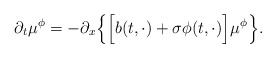
\begin{align*}\partial_t\mu^\phi = -\partial_x\Big\{\Big[ b(t, \cdot) + \sigma\phi(t, \cdot)\Big]\mu^\phi \Big\}.\end{align*}